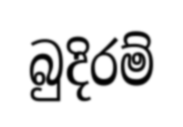
බුදිරම්